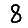
Digit: 8